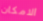
الامكان